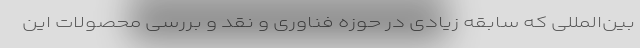
بین‌المللی که سابقه زیادی در حوزه فناوری و نقد و بررسی محصولات این